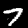
Label: 7